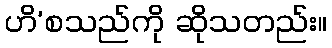
ဟိ’စသည်ကို ဆိုသတည်း။